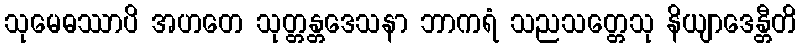
သုမေဓဿာပိ အဟတေ သုတ္တန္တဒေသနာ ဘာကရံ သညသတ္တေသု နိယျာဒေန္တီတိ